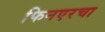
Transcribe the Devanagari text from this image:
फिनएरचा